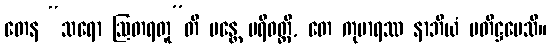
တေန “သရော ဩတရတူ”တိ မန္တေ ပရိဝတ္တိ, တေ ကုမာရဿ နာဘိယံ ပတိဋ္ဌပေသိ။